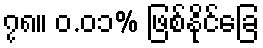
၇၈။ ၀.၀၁% ဖြစ်နိုင်ခြေ